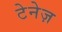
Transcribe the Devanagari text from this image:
टेनेज़